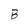
Character: B